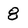
Character: 8